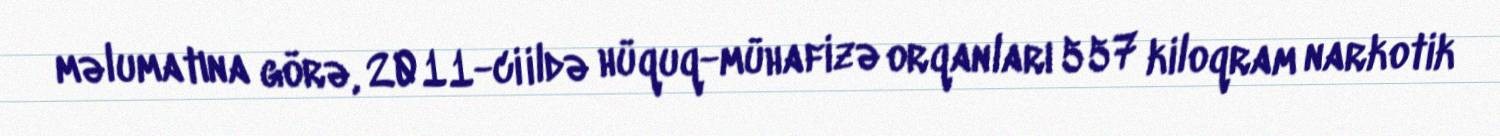
məlumatına görə, 2011-ci ildə hüquq-mühafizə orqanları 557 kiloqram narkotik